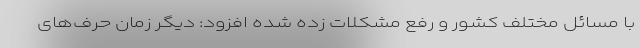
با مسائل مختلف کشور و رفع مشکلات زده شده افزود: دیگر زمان حرف‌های